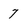
Character: 7